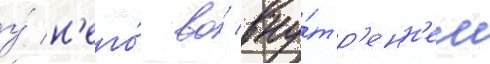
у́ н'его́ во́ вну́тр'енн'ем